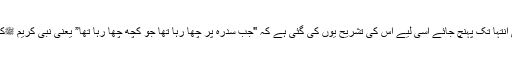
” جناب غلام احمد نے سدرة المنتہیٰ کو وہ مقام بتا یا ہے جہاں تحیر اپنی انتہا تک پہنچ جائے اسی لیے اس کی تشریح یوں کی گئی ہے کہ "جب سدرہ پر چھا رہا تھا جو کچھ چھا رہا تھا” یعنی نبی کریم ﷺکے علاوہ کسی کی لیے ممکن نہیں کہ جان سکے کہ وہ کیا کیفیت تھی ۔